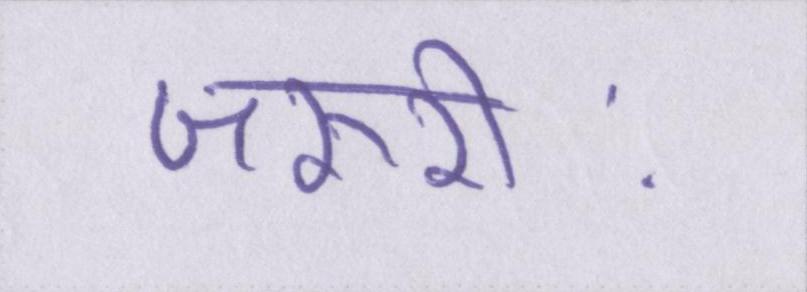
जरूरीः